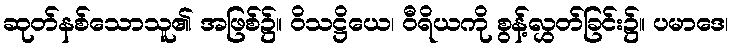
ဆုတ်နစ်သောသူ၏ အဖြစ်၌။ ဝိသဋ္ဌိယေ၊ ဝီရိယကို စွန့်လွှတ်ခြင်း၌။ ပမာဒေ၊